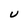
Character: U